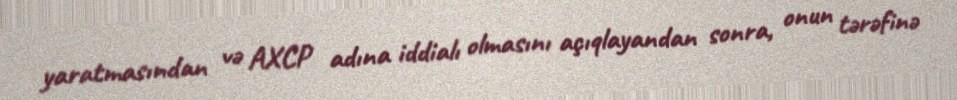
yaratmasından və AXCP adına iddialı olmasını açıqlayandan sonra, onun tərəfinə